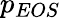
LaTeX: p_{EOS}